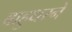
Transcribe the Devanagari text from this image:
बाहुधरनें